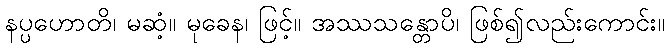
နပ္ပဟောတိ၊ မဆံ့။ မုခေန၊ ဖြင့်။ အဿသန္တောပိ၊ ဖြစ်၍လည်းကောင်း။